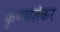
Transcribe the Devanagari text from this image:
कृष्णाशंकर